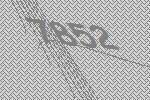
7852